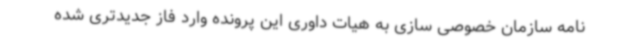
نامه سازمان خصوصی سازی به هیات داوری این پرونده وارد فاز جدیدتری شده